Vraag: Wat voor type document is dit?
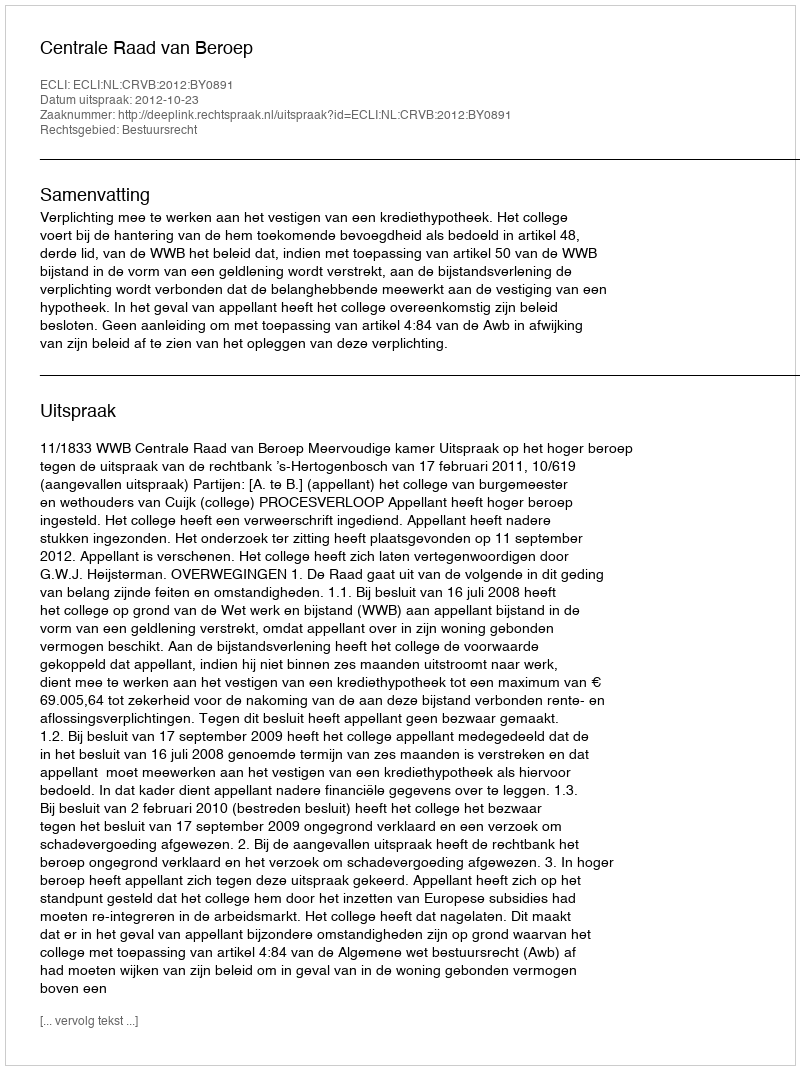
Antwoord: Uitspraak